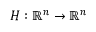
\boldsymbol { H } : \mathbb { R } ^ { n } \rightarrow \mathbb { R } ^ { n }